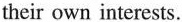
their own interests.